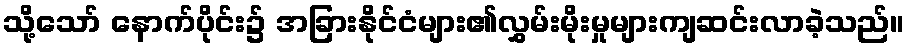
သို့သော် နောက်ပိုင်း၌ အခြားနိုင်ငံများ၏လွှမ်းမိုးမှုများကျဆင်းလာခဲ့သည်။